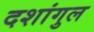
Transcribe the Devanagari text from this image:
दशांगुल